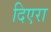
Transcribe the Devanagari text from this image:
दिएरा